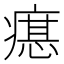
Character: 𤹛